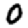
Digit: 0